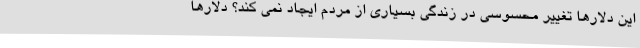
این دلارها تغییر محسوسی در زندگی بسیاری از مردم ایجاد نمی کند؟ دلارها